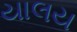
યાલય